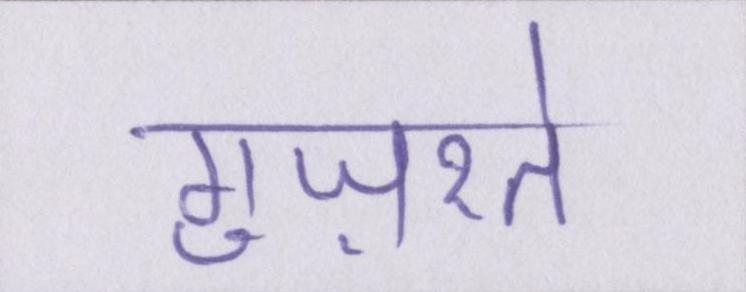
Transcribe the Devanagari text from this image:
गुज़रते